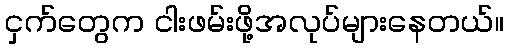
ငှက်တွေက ငါးဖမ်းဖို့အလုပ်များနေတယ်။